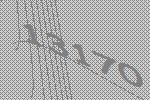
13170